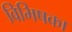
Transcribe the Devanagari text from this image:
विभिषका